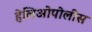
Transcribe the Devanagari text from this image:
हेलिओपोलीस